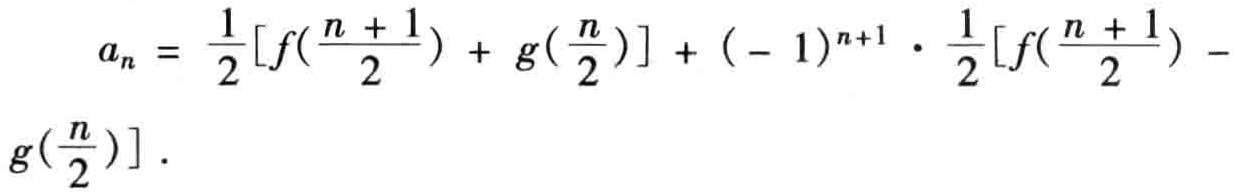
\[
a_{n}=\frac{1}{2}\left[f\left(\frac{n + 1}{2}\right)+g\left(\frac{n}{2}\right)\right]+(-1)^{n + 1}\cdot\frac{1}{2}\left[f\left(\frac{n + 1}{2}\right)-g\left(\frac{n}{2}\right)\right].
\]